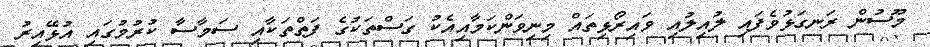
މޫސުން ރަނގަޅުވެފައި ލުއިލުއި ވައިރޯޅިތައް މިނިވަންކަމާއިއެކު ގަސްތަކުގެ ފަތްތަކާއި ސަމާސާ ކުރުމުގައި އުޅޭއިރު